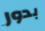
بدور